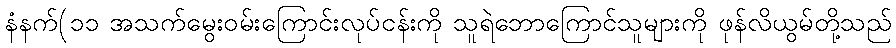
နံနက်(၁၁ အသက်မွေးဝမ်းကြောင်းလုပ်ငန်းကို သူရဲဘောကြောင်သူများကို ဖုန်လိယွမ်တို့သည်